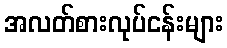
အလတ်စားလုပ်ငန်းများ